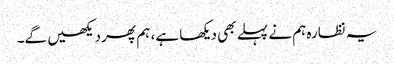
یہ نظارہ ہم نے پہلے بھی دیکھا ہے، ہم پھر دیکھیں گے۔